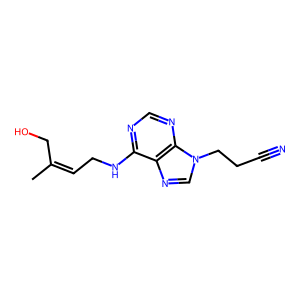
SMILES: CC(=CCNc1ncnc2c1ncn2CCC#N)CO
Inhibits HIV replication: No